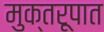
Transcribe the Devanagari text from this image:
मुक्तरूपात